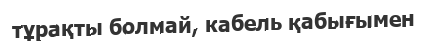
тұрақты болмай, кабель қабығымен